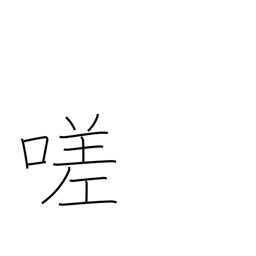
Meaning: ah